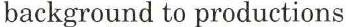
background to productions